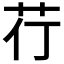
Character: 𮎡